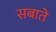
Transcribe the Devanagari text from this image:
सबाते